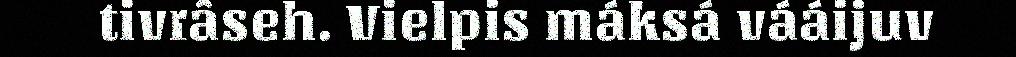
tivrâseh. Vielpis máksá vááijuv